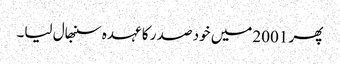
پھر 2001میں خود صد ر کا عہدہ سنبھال لیا۔